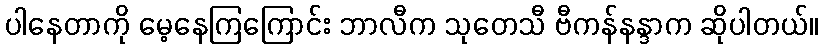
ပါနေတာကို မေ့နေကြကြောင်း ဘာလီက သုတေသီ ဗီကန်နန္ဒာက ဆိုပါတယ်။